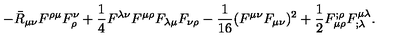
- \bar { R } _ { \mu \nu } F ^ { \rho \mu } F _ { \rho } ^ { \nu } + \frac 1 4 F ^ { \lambda \nu } F ^ { \mu \rho } F _ { \lambda \mu } F _ { \nu \rho } - { \frac { 1 } { 1 6 } } ( F ^ { \mu \nu } F _ { \mu \nu } ) ^ { 2 } + \frac 1 2 F _ { \mu \rho } ^ { ; \rho } F ^ { \mu \lambda } _ { ; \lambda } .